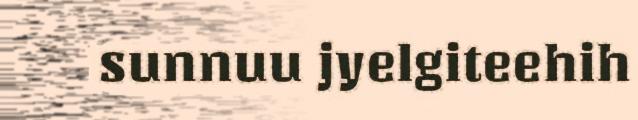
sunnuu jyelgiteehih